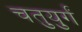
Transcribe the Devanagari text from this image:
चतुयुर्गं